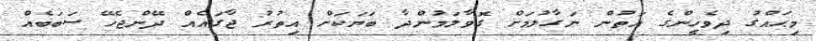
މިޙައްގު ދިވެހީންގެ އަތުން ނަގާލުމަށް ގޮވާލަމުންދާ ބަޔަކަށް އިތުރު ޖާގައެއް ދޭންޖެހޭ ސަބަބެއް